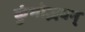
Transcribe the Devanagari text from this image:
कुंभोद्भवन्